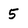
Character: 5